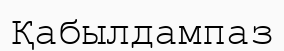
Қабылдампаз